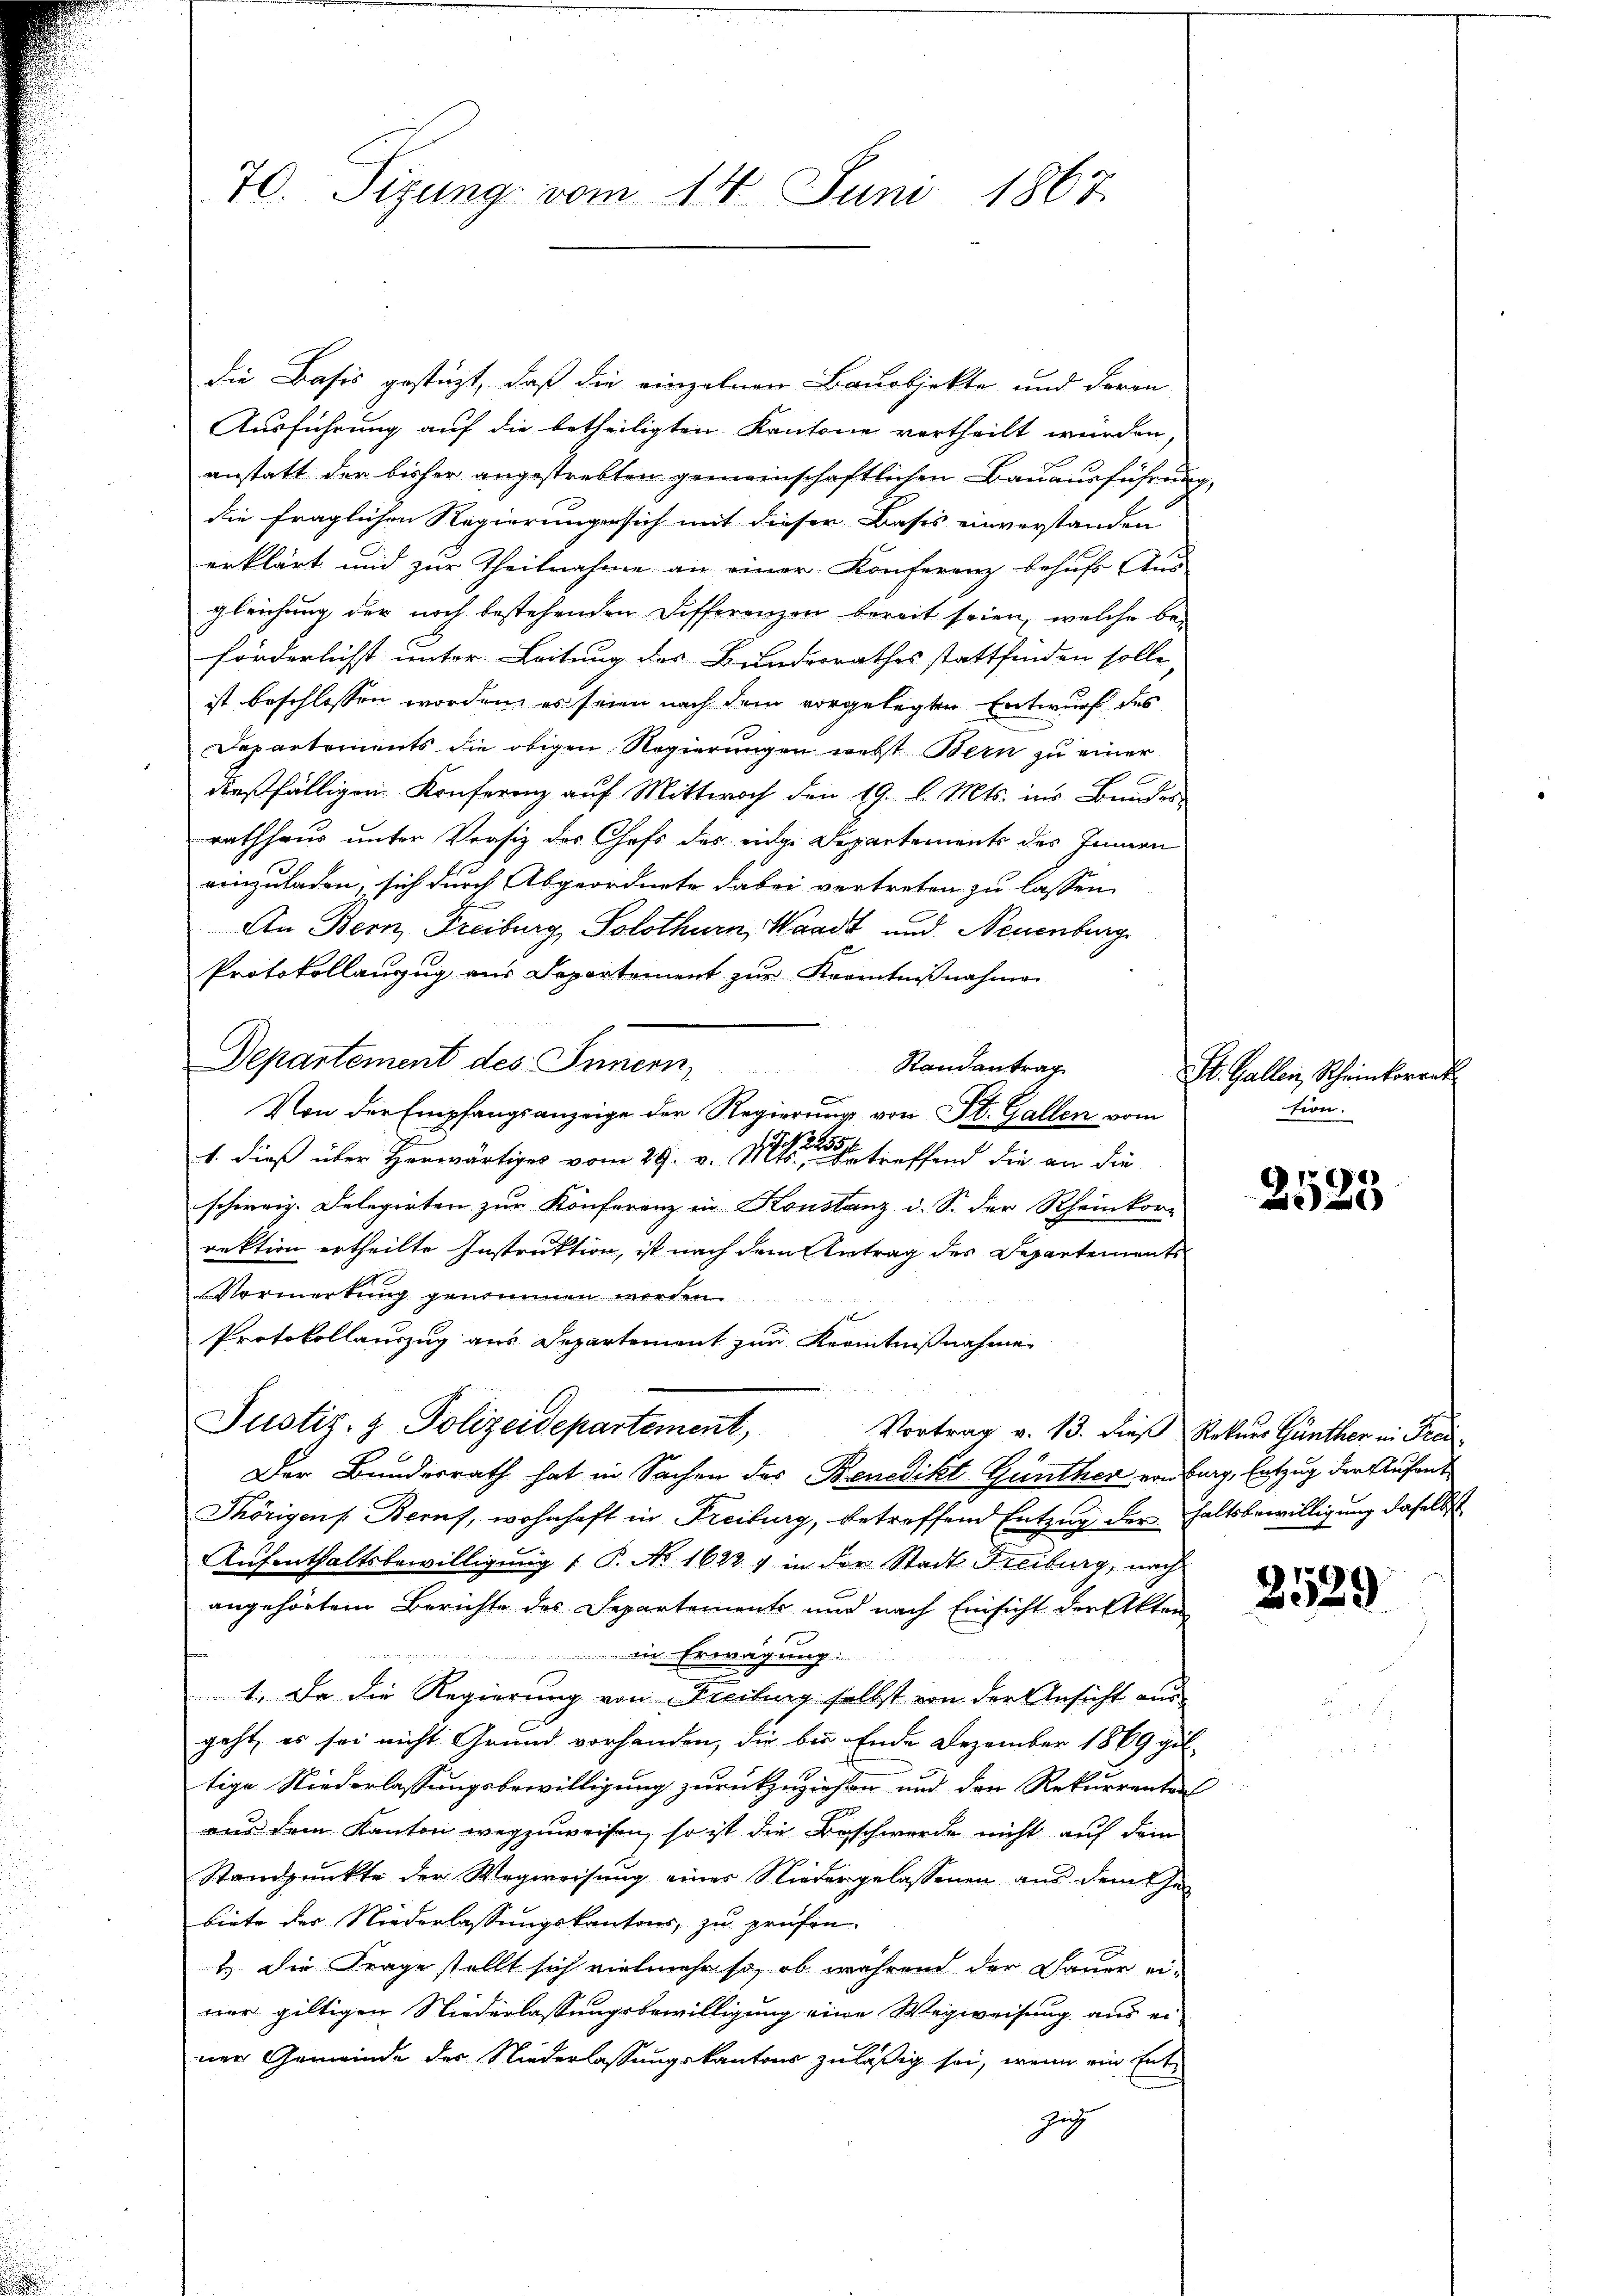
70. Sizung vom 14. Juni 1867.

die Basis gestüzt, daß die einzelnen Bauobjekte und deren
Ausführung auf die betheiligten Kantone vertheilt würden,
anstatt der bisher angestrebten gemeinschaftlichen Bauausführung,
die fraglichen Regierungen sich mit dieser Basis einverstanden
erklärt und zur Theilnahme an einer Konferenz behufs Aus
gleichung der noch bestehenden Differenzen bereit seien, welche beförderlichst unter Leitung des Bundesrathes stattfinden solle,
ist beschlossen worden, es seien nach dem vorgelegten Entwurf des
Departements die obigen Regierungen nebst Bern zu einer
dießfälligen Konferenz auf Mittwoch den 19. d. Mts. ins Bundes
rathhaus unter Vorsitz des Chefs des eidge Departements des Innern
einzuladen, sich durch Abgeordnete dabei vertreten zu lassen
An Bern, Freiburg, Solothurn, Waadt und Neuenburg
Protokollanzug aus Departement zŭr Kenntniβnahme
Departement des Innern,
Randantrag
Von der Empfangsanzeige der Regierung von St. Gallen vom
1. dieß über herwärtiges vom 29. v. Mts. betreffend die an die
schweiz. Delegirten zur Konferenz in Konstanz u. S. der Rheinkor-
rektion ertheilte Instruktion, ist nach dem Antrag des Departements
Vormerkung genommen worden
Protokollauszug aus Departement zur Kenntnißnahme
Justiz- & Polizeidepartement,
Vortrag v. 13. dieß Rekurs Günther in Frei¬
Der Bundesrath hat in Sachen des Benedikt Günther von burg, Entzug der Aufent¬
Thörigen s. Beruf, wohnhaft in Freiburg, betreffend Entzug der haltsbewilligung daselbst
Aufenthaltsbewilligung  P. No 1622) in der Stadt Freiburg, nach
angehörtem Berichte des Departement und nach Einsicht der Akten
s
in Erwägung:
1. Da die Regierung von Freibung selbst von der Ansicht ausgeht, es sei nicht Grund vorhanden, die bis Ende Dezember 1869 gil
tige Niederlassungsbewilligung zurückzuziehen und den Rekurrenten
aus dem Kanton wegzuweisen, so ist die Beschwerde nicht auf dem
Standpunkte der Wegweisung eines Niedergelassenen aus dem Ge-
biete der Niederlassungskantons, zu prüfen.
t. Die Frage stellt sich vielmehr so, ob während der Dauer ei-
ner giltigen Niederlassungsbewilligung eine Wegweisung aus ei-
ner Gemeinde der Niederlassungskantons zuläßig sei, wenn ein Entzeg

St. Gallen, Scheinkorrek
tion.

2525

2529